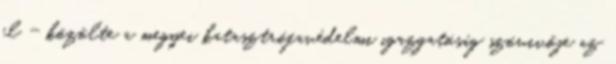
el - közölte a megyei katasztrófavédelmi igazgatóság szóvivője az